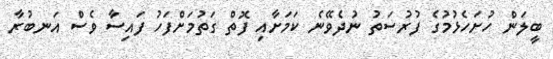
ބީލަން ހުށަހެޅުމުގެ ފުރުސަތު ނުދެވޭނެ ކަމަށާއި ފޮތް ގަތުމަށްފަހު ފައިސާ ވެސް އަނބުރާ